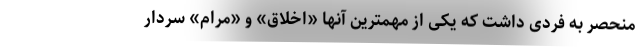
منحصر به فردی داشت که یکی از مهمترین آنها «اخلاق» و «مرام» سردار